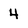
Character: 4